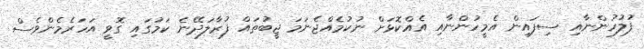
ފުލުހުންނާއި ސިފައިން އެމީހުންނާއި އެއްކޮޅަށް ނުކުމެއްޖެނަމަ ޖީބުތައް ފުރާލަދޭނެ ކަމުގައި ގޮވީ އަހަރެމެންވެސް